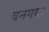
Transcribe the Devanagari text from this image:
बनगया